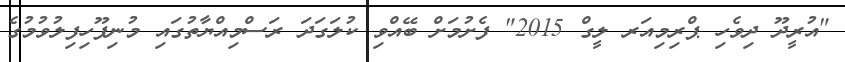
"އުރީދޫ ދިވެހި ޕްރިމިއަރ ލީގް 2015" ފެށުމަށް ބޭއްވި ކުލަގަދަ ރަސްމިއްޔާތުގައި މުނިފޫހިފިލުވުމުގެ